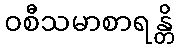
ဝစီသမာစာရန္တိ